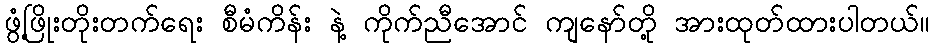
ဖွံ့ဖြိုးတိုးတက်ရေး စီမံကိန်း နဲ့ ကိုက်ညီအောင် ကျနော်တို့ အားထုတ်ထားပါတယ်။